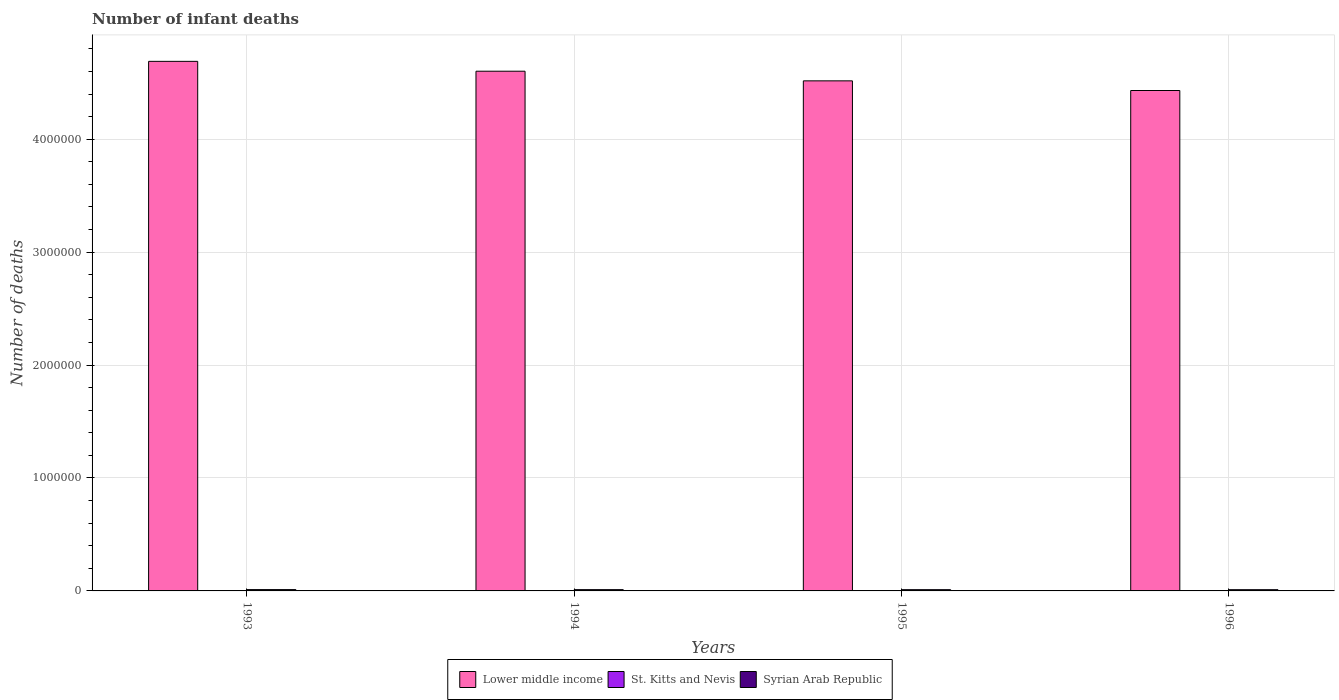
| Years | Lower middle income | St. Kitts and Nevis | Syrian Arab Republic |
 | --- | --- | --- | --- |
 | 1993 | 4.69e+06 | 18 | 1.17e+04 |
 | 1994 | 4.6e+06 | 18 | 1.13e+04 |
 | 1995 | 4.52e+06 | 17 | 1.09e+04 |
 | 1996 | 4.43e+06 | 17 | 1.09e+04 |